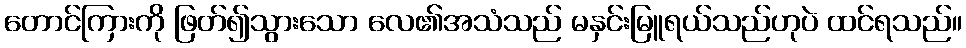
တောင်ကြားကို ဖြတ်၍သွားသော လေ၏အသံသည် မနှင်းမြူရယ်သည်ဟုပဲ ထင်ရသည်။